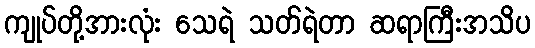
ကျုပ်တို့အားလုံး သေရဲ သတ်ရဲတာ ဆရာကြီးအသိပ